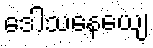
ဒေါသနေယျေ